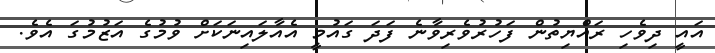
އައީ ދިވެހި ރައްޔިތުން ފަހުރުވެރިވާނެ ފަދަ ގައުމީ އެއާލައިނަކަށް ވުމުގެ އަޒުމުގަ އެވެ.